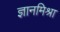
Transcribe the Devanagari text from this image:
ज्ञानमिश्रा